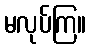
မလုပ်ကြ။